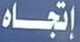
إتجاه